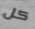
كل